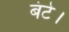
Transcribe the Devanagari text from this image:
बंटे।